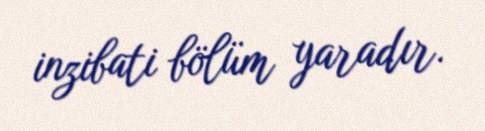
inzibati bölüm yaradır.